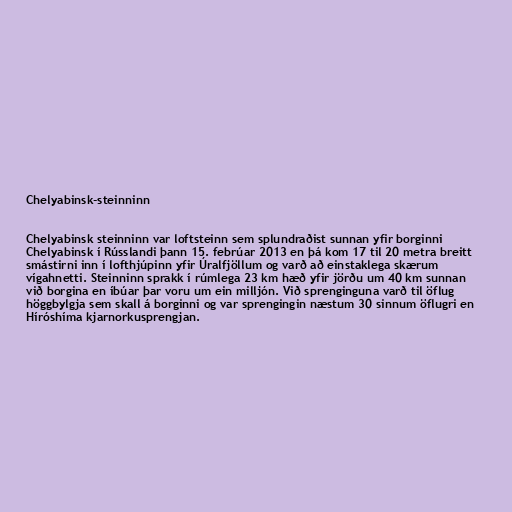
Chelyabinsk-steinninn

Chelyabinsk steinninn var loftsteinn sem splundraðist sunnan yfir borginni
Chelya­binsk í Rússlandi þann 15. febrúar 2013 en þá kom 17 til 20 metra breitt
smástirni inn í lofthjúpinn yfir Úralfjöllum og varð að einstaklega skærum
vígahnetti. Steinninn sprakk í rúmlega 23 km hæð yfir jörðu um 40 km sunnan
við borgina en íbúar þar voru um ein milljón. Við sprenginguna varð til öflug
höggbylgja sem skall á borginni og var sprengingin næstum 30 sinnum öflugri en
Híróshíma kjarnorkusprengjan.